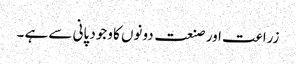
زراعت اور صنعت دونوں کا وجود پانی سے ہے ۔